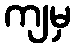
ကျမှ